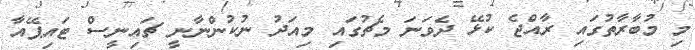
މި މުބާރާތުގައި ރާއްޖެ ކުޅޭ ދެވަަނަ މެޗުގައި މިއަދު ނުކުންނާނީ ޗައިނީސް ޓައިޕޭއާ